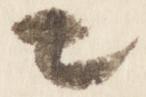
々